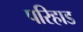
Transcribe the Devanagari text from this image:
परिहाड